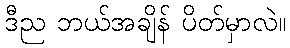
ဒီည ဘယ်အချိန် ပိတ်မှာလဲ။